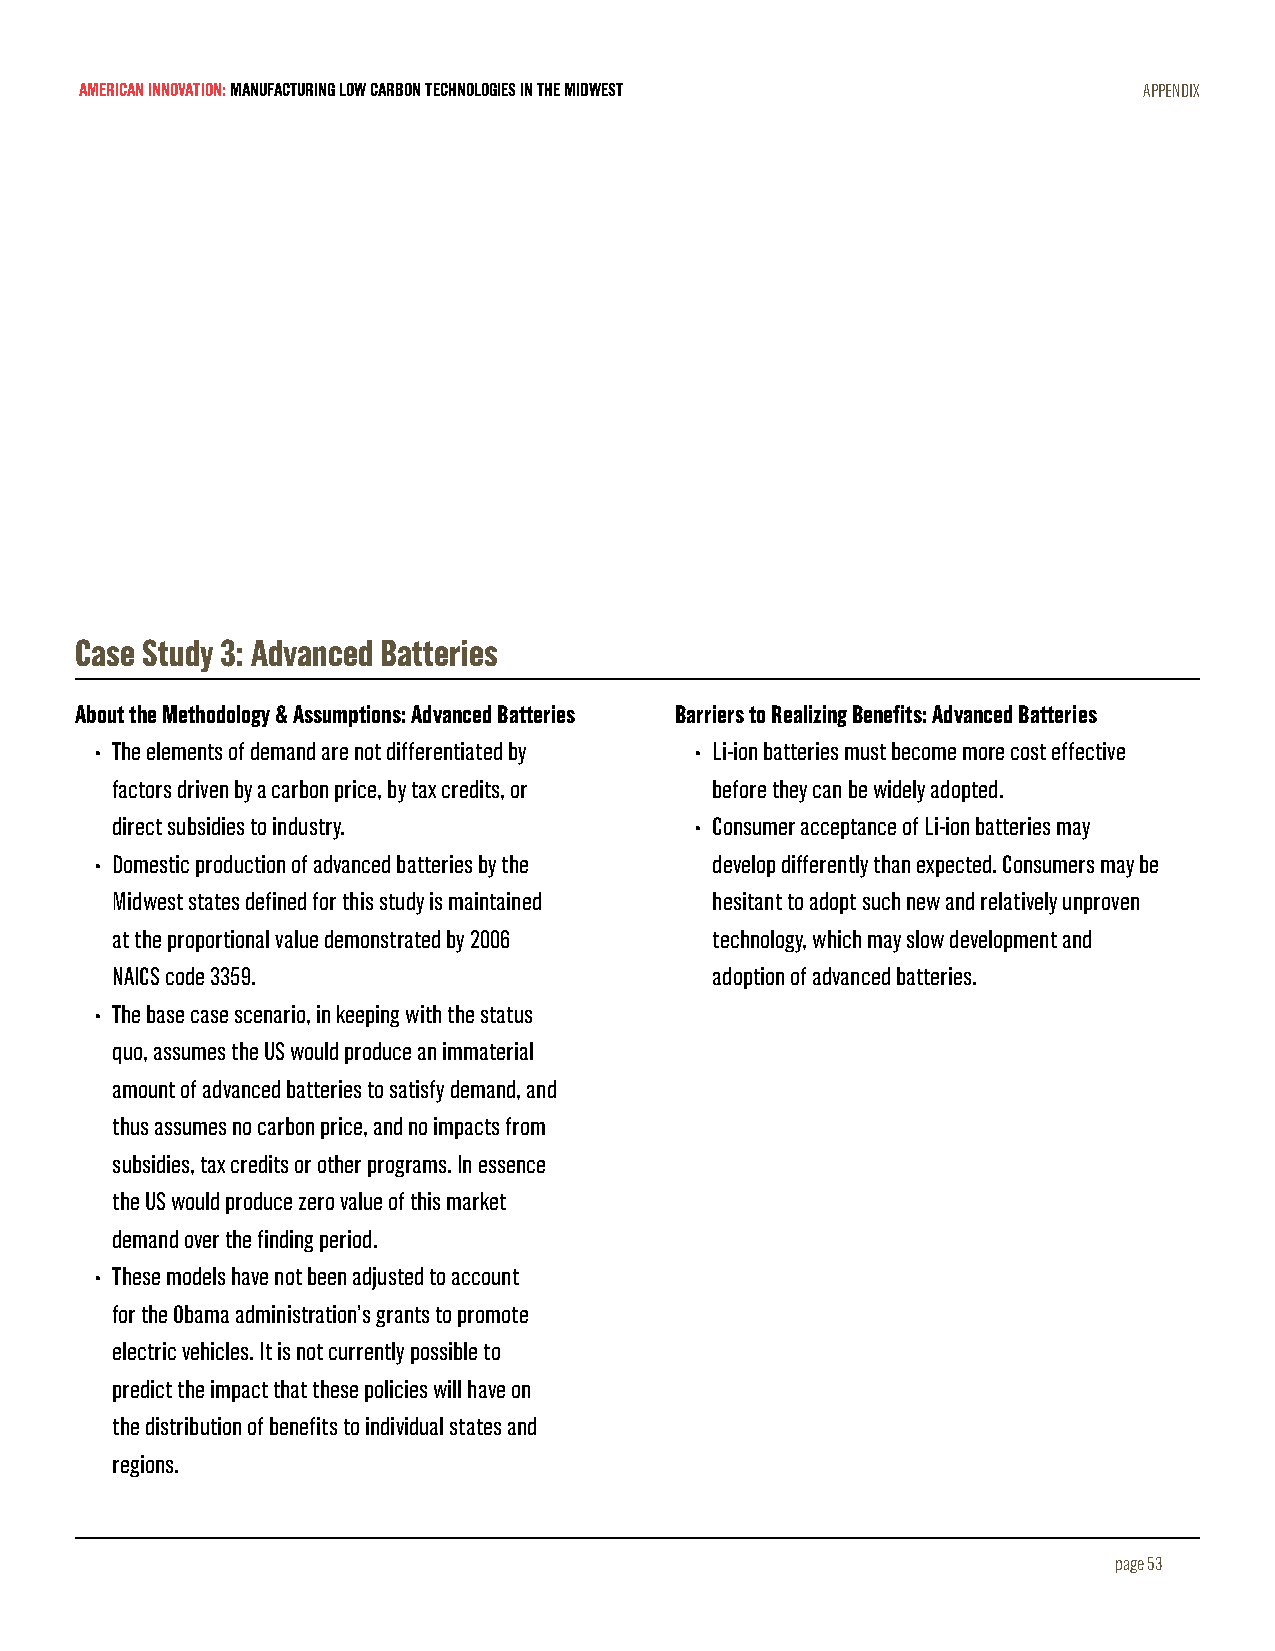
AMERICAN INNOVATION: MANUFACTURING LOW CARBON TECHNOLOGIES IN THE MIDWEST APPENDIX
 Case Study 3: Advanced Batteries
 About the Methodology & Assumptions: Advanced Batteries Barriers to Realizing Benefits: Advanced Batteries
 • The elements of demand are not differentiated by • Li-ion batteries must become more cost effective
 factors driven by a carbon price, by tax credits, or before they can be widely adopted.
 direct subsidies to industry.          • Consumer acceptance of Li-ion batteries may
 • Domestic production of advanced batteries by the develop differently than expected. Consumers may be
 Midwest states defined for this study is maintained hesitant to adopt such new and relatively unproven
 at the proportional value demonstrated by 2006 technology, which may slow development and
 NAICS code 3359.                        adoption of advanced batteries.
 • The base case scenario, in keeping with the status
 quo, assumes the US would produce an immaterial
 amount of advanced batteries to satisfy demand, and
 thus assumes no carbon price, and no impacts from
 subsidies, tax credits or other programs. In essence
 the US would produce zero value of this market
 demand over the finding period.
 • These models have not been adjusted to account
 for the Obama administration’s grants to promote
 electric vehicles. It is not currently possible to
 predict the impact that these policies will have on
 the distribution of benefits to individual states and
 regions.
 page 53